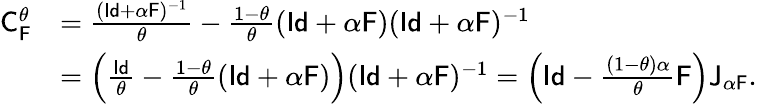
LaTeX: \begin{array}{rl}{\mathsf{C}_{\mathsf{F}}^{\theta}}&{=\frac{(\mathsf{Id}+\alpha\mathsf{F})^{-1}}{\theta}-\frac{1-\theta}{\theta}(\mathsf{Id}+\alpha\mathsf{F})(\mathsf{Id}+\alpha\mathsf{F})^{-1}}\\ &{=\Big(\frac{\mathsf{Id}}{\theta}-\frac{1-\theta}{\theta}(\mathsf{Id}+\alpha\mathsf{F})\Big)(\mathsf{Id}+\alpha\mathsf{F})^{-1}=\Big(\mathsf{Id}-\frac{(1-\theta)\alpha}{\theta}\mathsf{F}\Big)\mathsf{J}_{\alpha\mathsf{F}}.}\end{array}